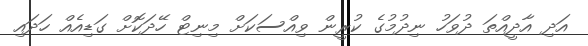
އަދި އާދީއްތަ ދުވަހު ނިދުމުގެ ކުރީން ވިއްސަކަށް މިނިޓް ހޭދަކޮށް ގަޑިއެއް ހަދައި